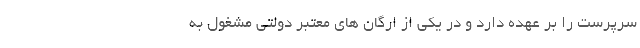
سرپرست را بر عهده دارد و در یکی از ارگان های معتبر دولتی مشغول به